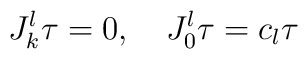
J^{l}_{k} \tau = 0, \quad      J^{l}_{0} \tau = c_{l}\tau